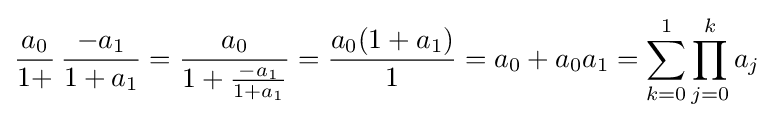
{\frac {a_{0}}{1+}}\,{\frac {-a_{1}}{1+a_{1}}}={\frac {a_{0}}{1+{\frac {-a_{1}}{1+a_{1}}}}}={\frac {a_{0}(1+a_{1})}{1}}=a_{0}+a_{0}a_{1}=\sum _{k=0}^{1}\prod _{j=0}^{k}a_{j}